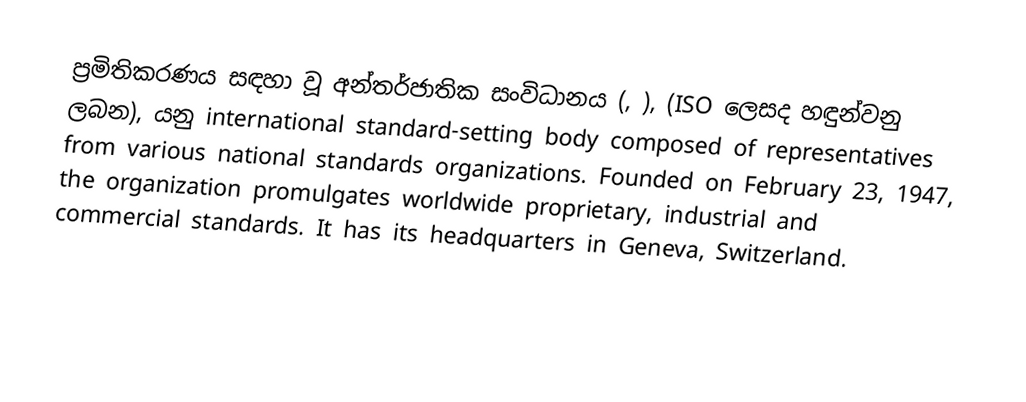
ප්‍රමිතිකරණය සඳහා වූ අන්තර්ජාතික සංවිධානය (, ), (ISO ලෙසද හඳුන්වනු ලබන), යනු international standard-setting body composed of representatives from various national standards organizations. Founded on February 23, 1947, the organization promulgates worldwide proprietary, industrial and commercial standards. It has its headquarters in Geneva, Switzerland.